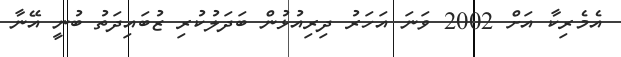
އެމެރިކާ އަށް 2002 ވަނަ އަހަރު ދިރިއުޅުން ބަދަލުކުރި ޒުބައިދަތު ބުނީ އޭނާ